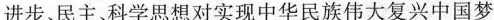
进步、民主、科学思想对实现中华民族伟大复兴中国梦